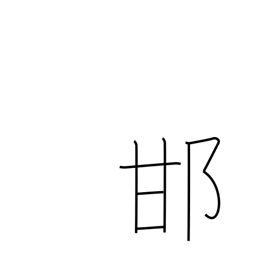
Meaning: tree cricket